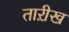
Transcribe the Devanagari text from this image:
ताऱीख